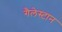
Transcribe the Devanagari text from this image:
गैलेस्टान